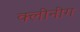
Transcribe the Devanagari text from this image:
क्लीनींग